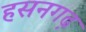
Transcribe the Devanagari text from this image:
हसनगढ़